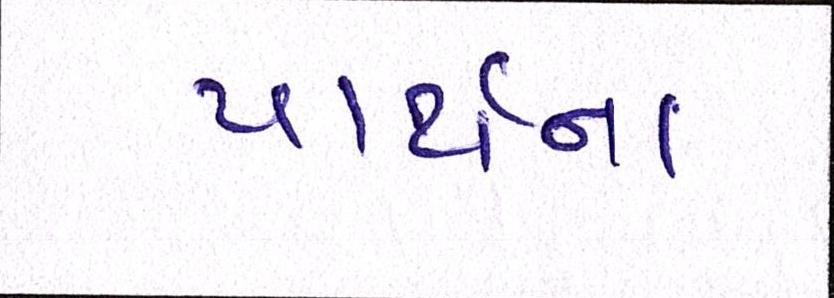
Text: પાર્થના